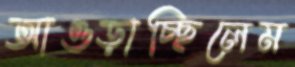
আওড়াচ্ছিলেম